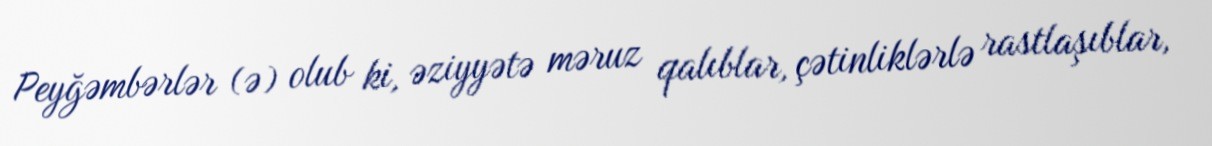
Peyğəmbərlər (ə) olub ki, əziyyətə məruz qalıblar, çətinliklərlə rastlaşıblar,